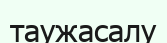
таужасалу